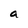
Character: a